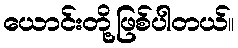
ယောင်းတို့ဖြစ်ပါတယ်။